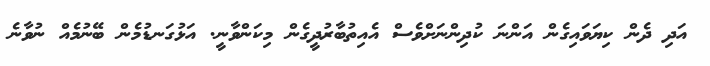
އަދި ދެން ކިޔަވައިގެން އަންނަ ކުދިންނަށްވެސް އެއިތުބާރުދީގެން މިކަންވާނީ. އަޅުގަނޑުމެން ބޭނުމެއް ނުވާނެ